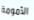
الأمومة